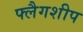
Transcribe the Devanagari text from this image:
फ्लैगशीप